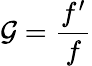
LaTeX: \mathcal{G}={\frac{{f^{\prime}}}{{f}}}